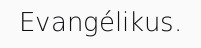
Evangélikus.